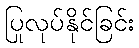
ပြုလုပ်နိုင်ခြင်း